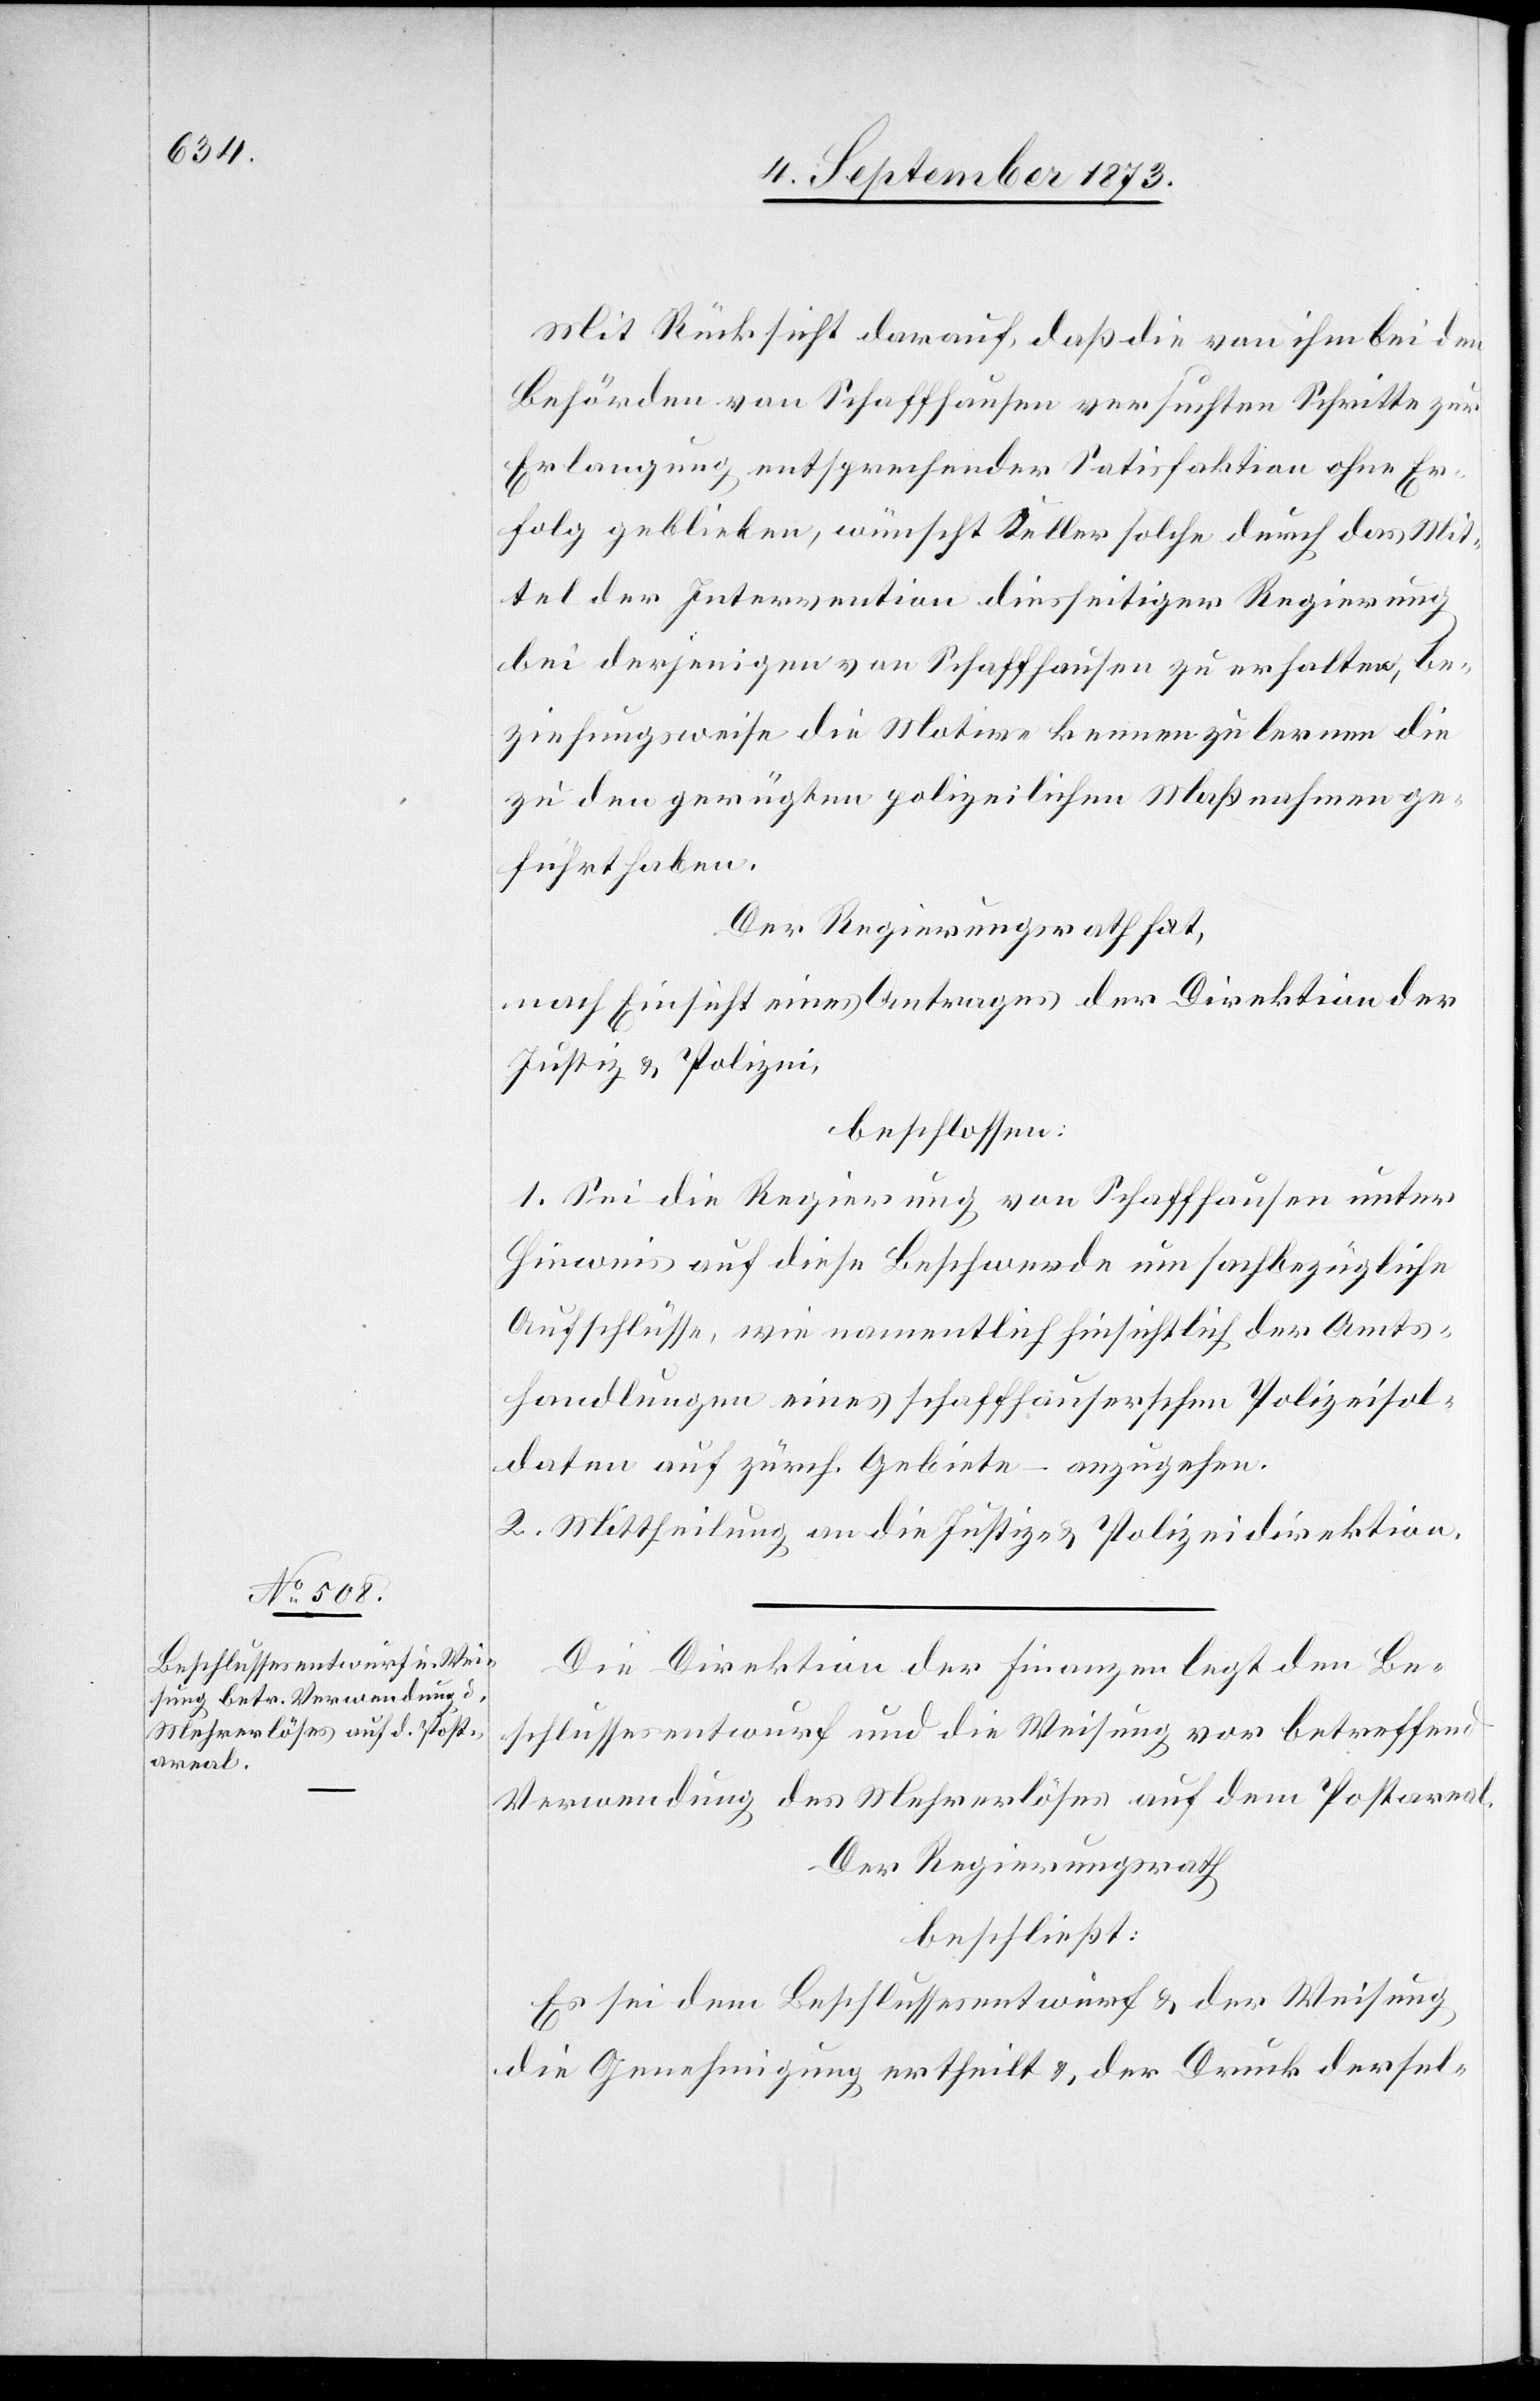
Mit Rücksicht darauf, daß die von ihm bei den
Behörden von Schaffhausen versuchten Schritte zur
Erlangung entsprechender Satisfaktion ohne Er¬
folg geblieben, wünscht Keller solche durch das Mit¬
tel der Intervention diesseitiger Regierung
bei derjenigen von Schaffhausen zu erhalten, be¬
ziehungsweise die Motive kennen zu lernen die
zu den gerügten polizeilichen Maßnahmen ge¬
führt haben.
Der Regierungsrath hat,
nach Einsicht eines Antrages der Direktion der
Justiz & Polizei,
beschlossen:
1. Sei die Regierung von Schaffhausen unter
Hinweis auf diese Beschwerde um sachbezügliche
Aufschlüsse, wie namentlich hinsichtlich der Amts¬
handlungen eines schaffhauserschen Polizeisol¬
daten auf zürch. Gebiete – anzugehen.
2. Mittheilung an die Justiz- & Polizeidirektion.
Die Direktion der Finanzen legt den Be¬
schlussesentwurf und die Weisung vor betreffend
Verwendung des Mehrerlöses auf dem Postareal.
Der Regierungsrath
beschließt:
Es sei dem Beschlussesentwurf & der Weisung
die Genehmigung ertheilt & der Druck dersel-